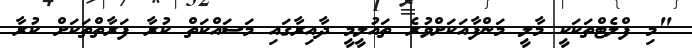
"މި ފްލެޓްތަކަކީ މާލީ މަންފާއަކަށްވުރެ ތައުލީމީ ދާއިރާގައި މަސައްކަތް ކުރާ ފަރާތްތަކަށް ކުރާ